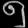
Digit: ၅